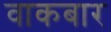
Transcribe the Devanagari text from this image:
वाकबार